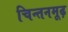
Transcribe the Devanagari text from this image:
चिन्तनमूढ़